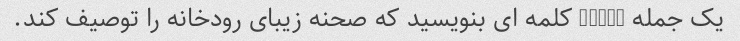
یک جمله 10-14 کلمه ای بنویسید که صحنه زیبای رودخانه را توصیف کند.